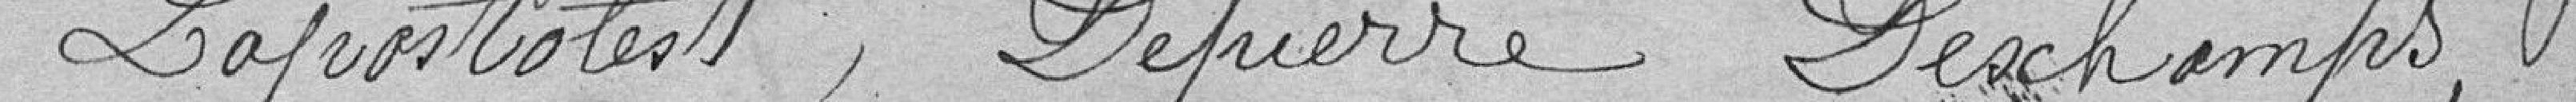
Lapostolest , Dépierre Deschamps ,